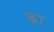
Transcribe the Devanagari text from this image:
ह्ना